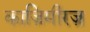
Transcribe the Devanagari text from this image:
काज़िमीरज़